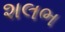
શલભ